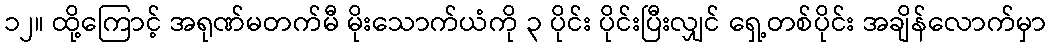
၁၂။ ထို့ကြောင့် အရုဏ်မတက်မီ မိုးသောက်ယံကို ၃ ပိုင်း ပိုင်းပြီးလျှင် ရှေ့တစ်ပိုင်း အချိန်လောက်မှာ